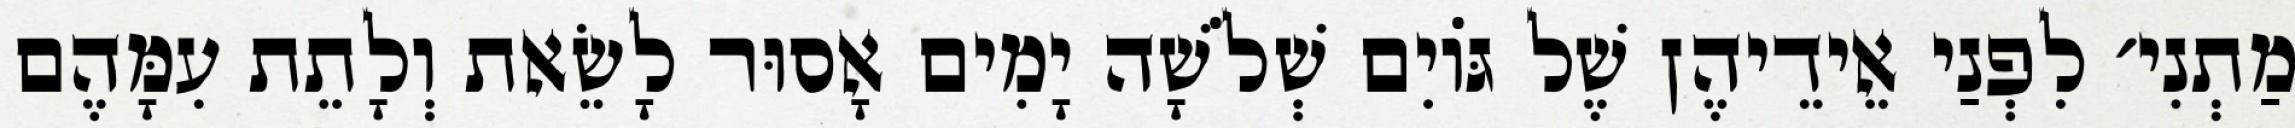
מַתְנִי׳ לִפְנַי אֵידֵיהֶן שֶׁל גּוֹיִם שְׁלֹשָׁה יָמִים אָסוּר לָשֵׂאת וְלָתֵת עִמָּהֶם